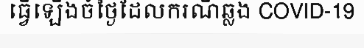
ធ្វើឡើងចំថ្ងៃដែលករណីឆ្លង COVID-19